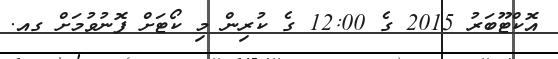
އޮކްޓޫބަރު 2015 ގެ 12:00 ގެ ކުރިން މި ކޯޓަށް ފޮނުވުމަށް ގއ.